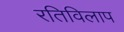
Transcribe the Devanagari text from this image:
रतिविलाप